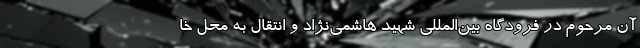
آن مرحوم در فرودگاه بین‌المللی شهید هاشمی‌نژاد و انتقال به محل خا